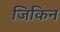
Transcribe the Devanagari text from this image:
जिकिन